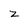
Character: z